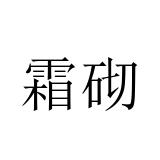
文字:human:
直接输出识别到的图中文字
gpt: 霜砌